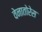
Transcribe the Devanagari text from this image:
वेनातोरेस